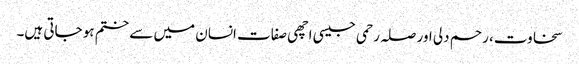
سخاوت، رحم دلی اور صلہ رحمی جیسی اچھی صفات انسان میں سے ختم ہو جاتی ہیں۔